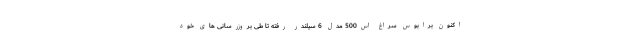
اکنون برابوس سراغ اس500 مدل 6 سیلندر رفته تا طی بروزرسانی های خود